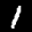
Label: 1